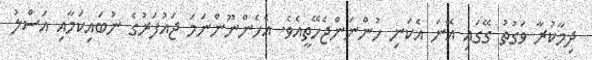
ދިމާކުރާ ވަގުތު ގޭގައި އޭނަ އެކަނި ހުންނަންޖެހޭތީއެވެ. އެހެންނޫންނަމަ ޖައުފަރުގެ ނުބައިކަމާއި އަސްލު